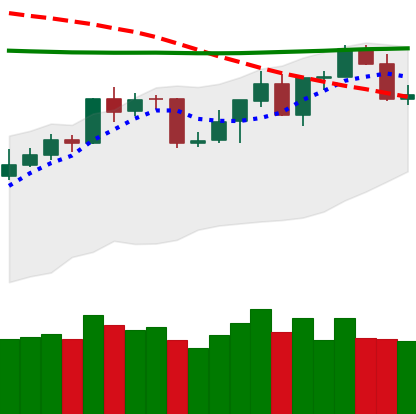
Ticker: BNB-USD
Chart end date: 2020-04-21
Forward return: 7.747%
Label: up_7plus